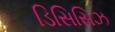
ડિસિસિઝ